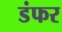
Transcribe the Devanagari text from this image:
डंफर